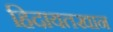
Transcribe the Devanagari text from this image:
हिदायतखान